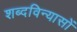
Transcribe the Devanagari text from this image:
शब्दविन्यासों